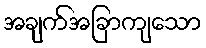
အချက်အခြာကျသော